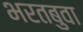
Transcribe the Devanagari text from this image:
भरतबुवा